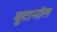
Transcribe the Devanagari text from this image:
बुटानॉल